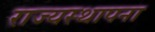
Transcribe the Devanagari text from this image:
राज्यस्थापना